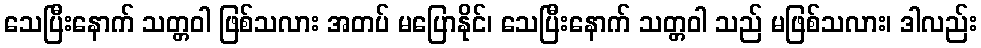
သေပြီးနောက် သတ္တဝါ ဖြစ်သလား အတပ် မပြောနိုင်၊ သေပြီးနောက် သတ္တဝါ သည် မဖြစ်သလား၊ ဒါလည်း